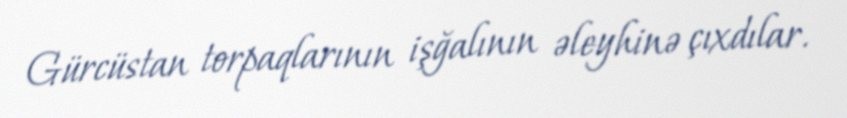
Gürcüstan torpaqlarının işğalının əleyhinə çıxdılar.